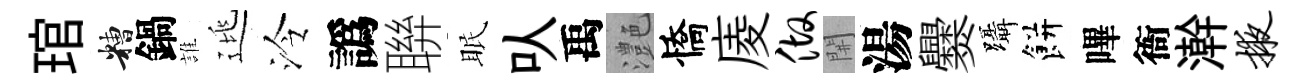
琯糟鍋誰逃泠譌聨眠㕥禹灔憍庱做𨳩湯爨躡餅嗶衙澣掖